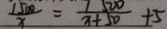
\frac { 1 5 0 0 } { x } = \frac { 7 5 0 0 } { x + 5 0 } + 5